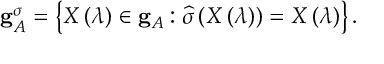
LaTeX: { \bf g } _ { { \cal A } } ^ { \sigma } = \left\{ X \left( \lambda \right) \in { \bf g } _ { { \cal A } } : \widehat { \sigma } \left( X \left( \lambda \right) \right) = X \left( \lambda \right) \right\} .